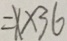
= x \times 3 6